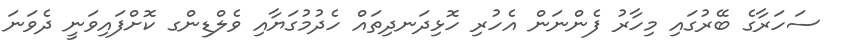
ސަހަރާގެ ބޭރުގައި މިހާރު ފެންނަން އެހުރި ހޮޅިދަނދިތައް ހެދުމުގަޔާއި ވެލްޑިންގ ކޮށްފައިވަނީ ދެވަނަ